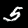
Digit: 5